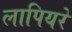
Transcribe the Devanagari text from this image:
लापियरे